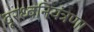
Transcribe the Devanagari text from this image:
दूरध्वनियंत्रणा